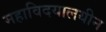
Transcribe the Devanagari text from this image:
महाविदयालयीन